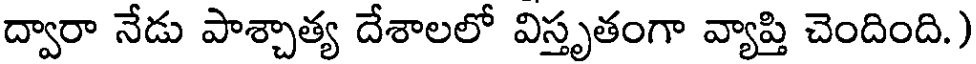
ద్వారా నేడు పాశ్చాత్య దేశాలలో విస్తృతంగా వ్యాప్తి చెందింది.)